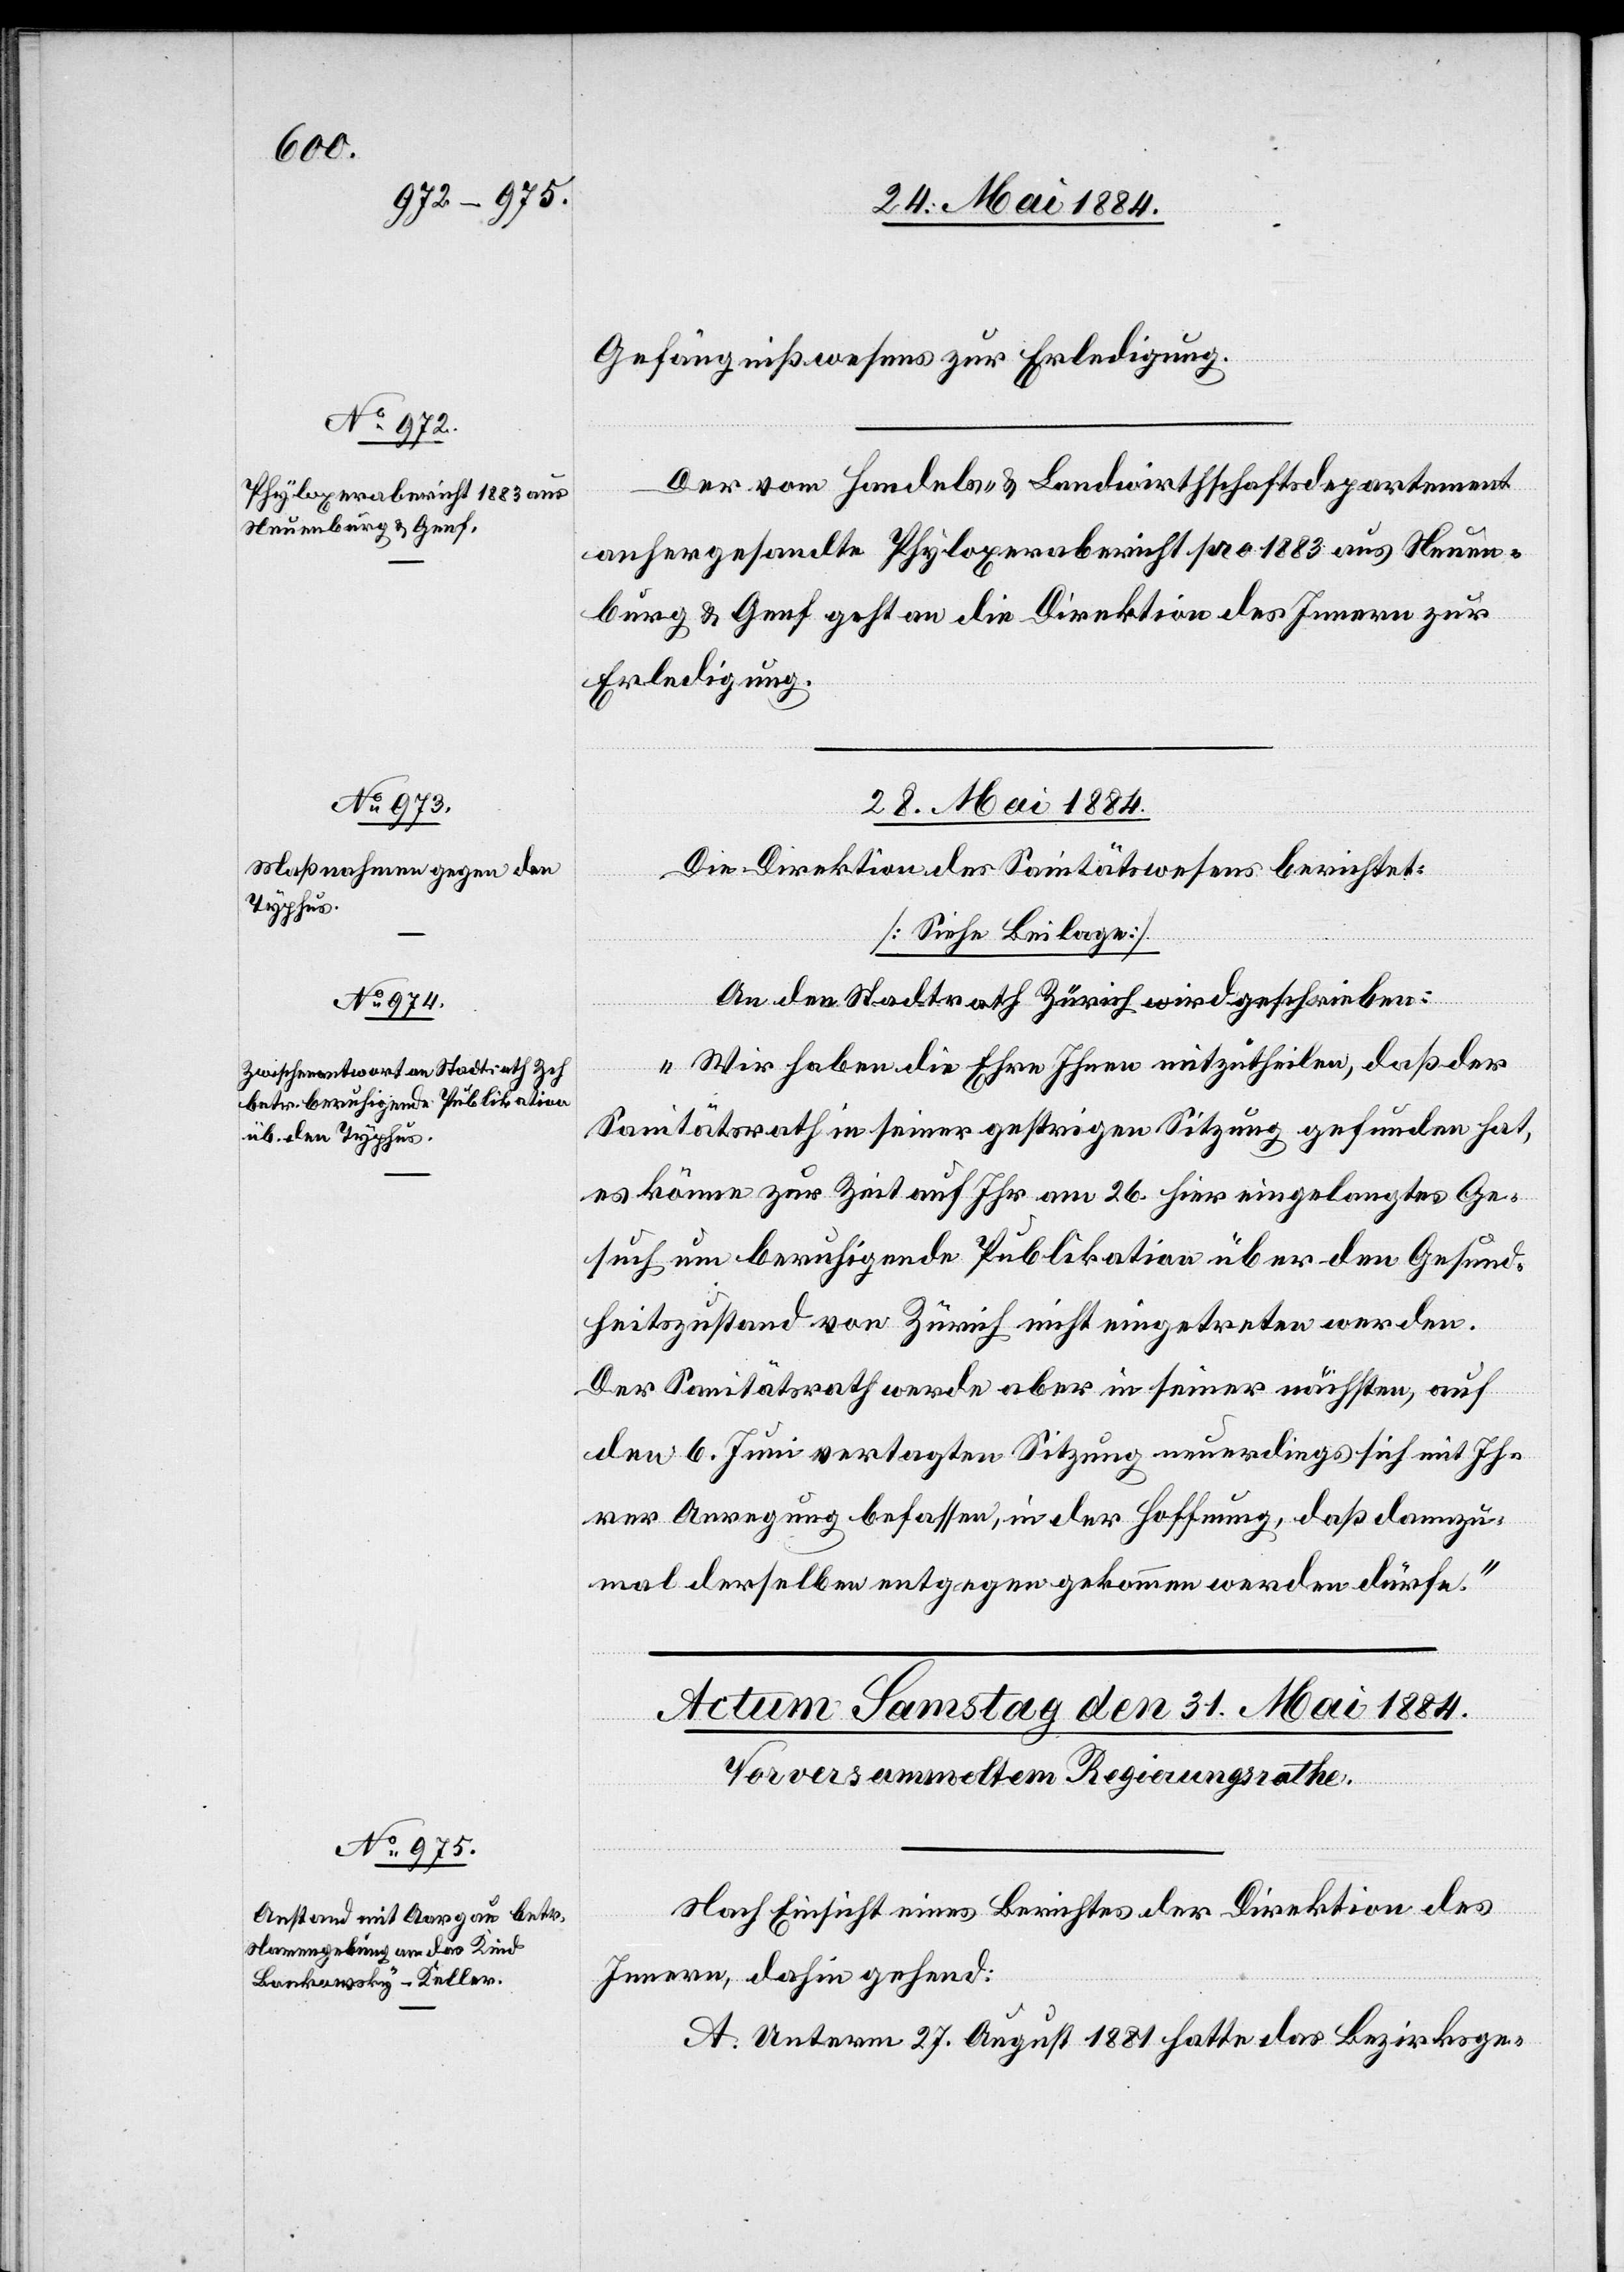
26. Mai 1884.]
Gefängnißwesens zur Erledigung.
Der vom Handels- & Landwirthschaftsdepartement
anhergesandte Phyloxerabericht pro 1883 aus Neuen¬
burg & Genf geht an die Direktion des Innern zur
Erledigung.
28. Mai 1884.]
An den Stadtrath Zürich wird geschrieben:
„Wir haben die Ehre Ihnen mitzutheilen, daß der
Sanitätsrath in seiner gestrigen Sitzung gefunden hat,
es könne zur Zeit auf Ihr am 26. hier eingelangtes Ge¬
such um beruhigende Publikation über den Gesund¬
heitszustand von Zürich nicht eingetreten werden.
Der Sanitätsrath werde aber in seiner nächsten, auf
den 6. Juni vertagten Sitzung neuerdings sich mit Ih¬
rer Anregung befassen, in der Hoffnung, daß dannzu¬
mal derselben entgegen gekommen werden dürfe.“
Nach Einsicht eines Berichtes der Direktion des
Innern, dahin gehend:
A. Unterm 27. August 1881 hatte das Bezirksge-